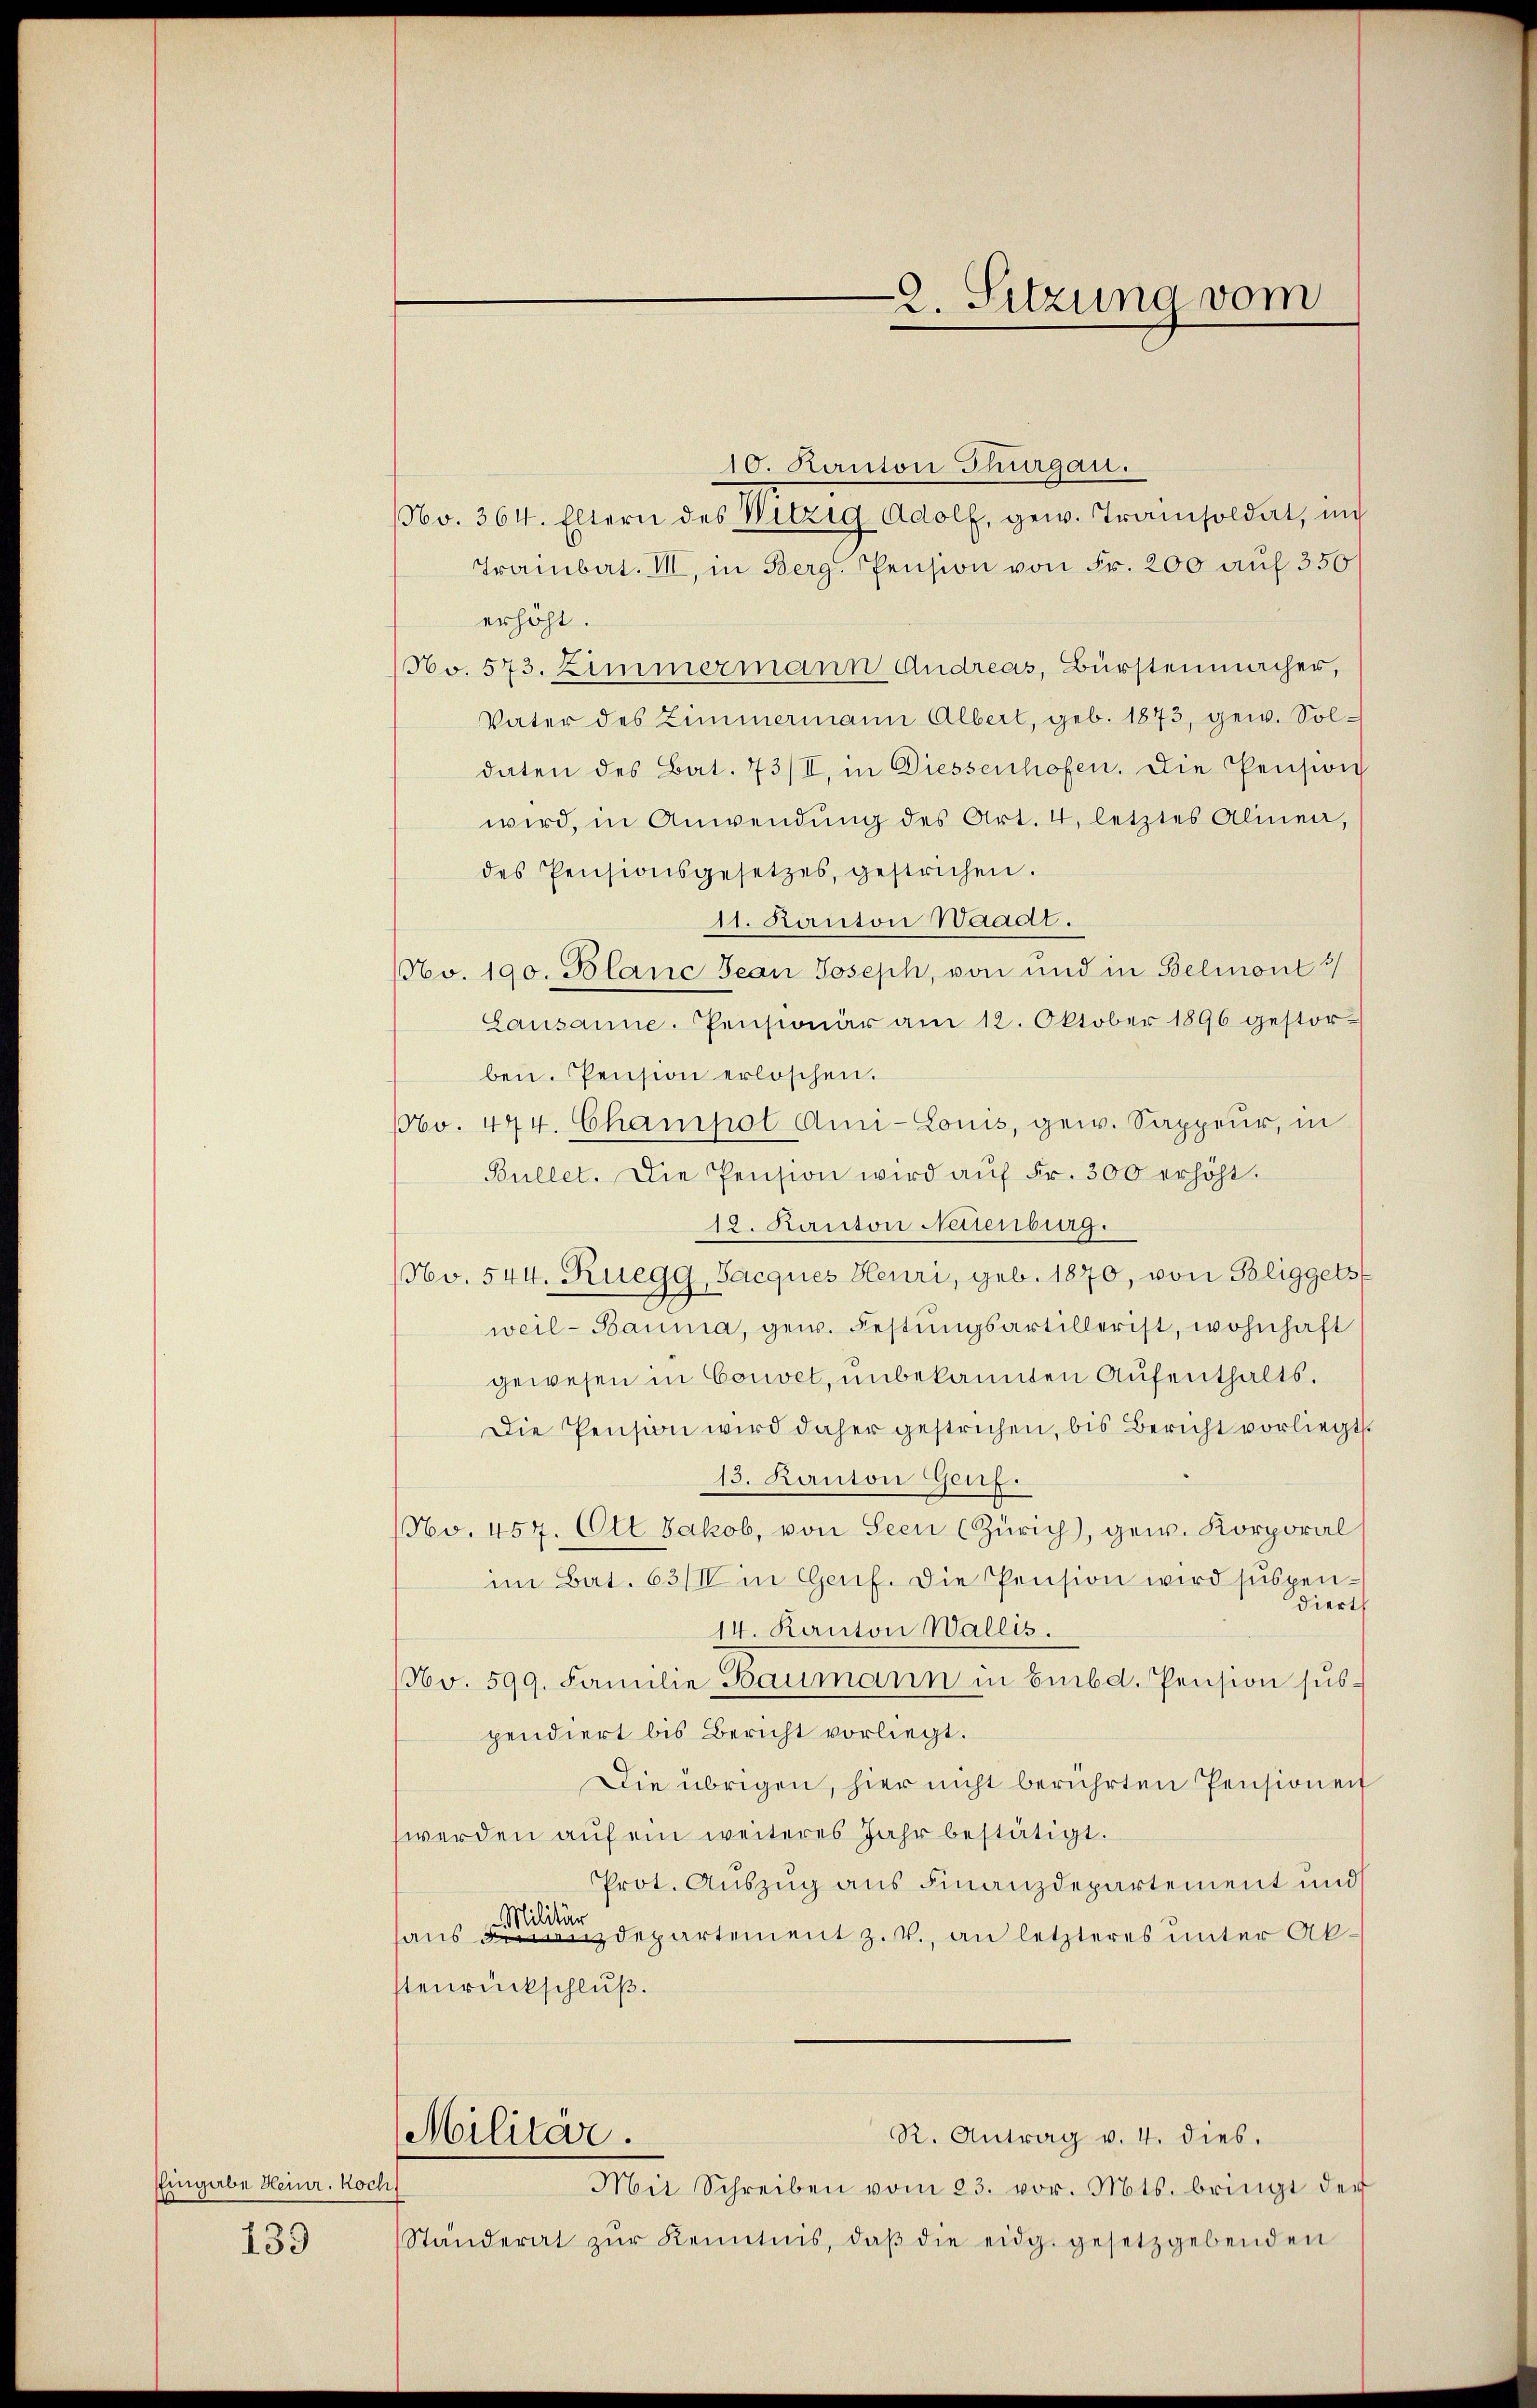
Eingabe Heinr. koch
439

2. Sitzung vom

10. Kanton Thurgau.
No. 364. Eltern des Witzig Adolf, gew. Trainsoldat, un
Trainbat. VII, in Berg. Pension von Fr. 200 auf 350
erhöht.
No. 573. Zimmermann Andreas, Bürstenmacher,
Vater des Zimmermann Albert, geb. 1873, gew. Soldaten des Bat. 73/I, in Diessenhofen. Die Pension
wird, in Anwendŭng des Art. 4, letztes Alinea,
des Pensionsgesetzes, gestrichen.
11. Kanton Waadt.
Nbv. 190. Blanc Jean Joseph, von und in Belmont 3/
Lausanne. Pensionär am 12. Oktober 1896 gestor-
ben. Pension erlöschen.
1o. 444. Champol Ami-Louis, gew. Sappeur, in
Bullet. Die Pension wird aŭf Fr. 300 erhöht.
12. Kanton Neuenburg.
No. 544. Ruegg, Jacques Heuri, geb. 1870, von Bliggets
weil-Bauma, gew. Festungsartillerist, wohnhaft
gewesen in Couvet, unbekannten Aufenthalts¬
Die Pension wird daher gestrichen, bis Bericht vorliegt
13. Kanton Genf.
NNo. 457. Ott Jakob, von Seen (Zürich), gew. Korporal
im Bat. 63/II in Genf. Die Pension wird suspendiert
14. Kanton Wallis.
NNo. 599. Familie Baumann in Embd. Pension subpendiert bis Bericht vorliegt.
Die übrigen, hier nicht berührten Pensionen
werden auf ein weiteres Jahr bestätigt.
Prot. Auszug aus Finanzdepartement und
haus Departement z. V., an letzteres unter Akstenrückschluß.
Militar.
R. Antrag v. 4. dies.
Mit Schreiben vom 23. vor. Mts. bringt der
Standerat zŭr Kenntnis, daβ die eidg. gesetzgebenden